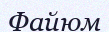
Файюм